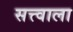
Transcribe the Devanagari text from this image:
सत्त्वाला